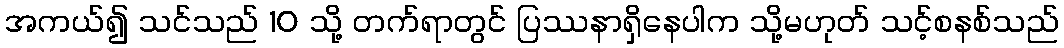
အကယ်၍ သင်သည် 10 သို့ တက်ရာတွင် ပြဿနာရှိနေပါက သို့မဟုတ် သင့်စနစ်သည်